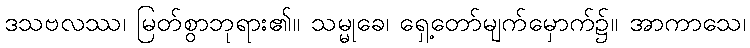
ဒသဗလဿ၊ မြတ်စွာဘုရား၏။ သမ္မုခေ၊ ရှေ့တော်မျက်မှောက်၌။ အာကာသေ၊